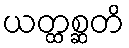
ယတ္ထစ္ဆတိ